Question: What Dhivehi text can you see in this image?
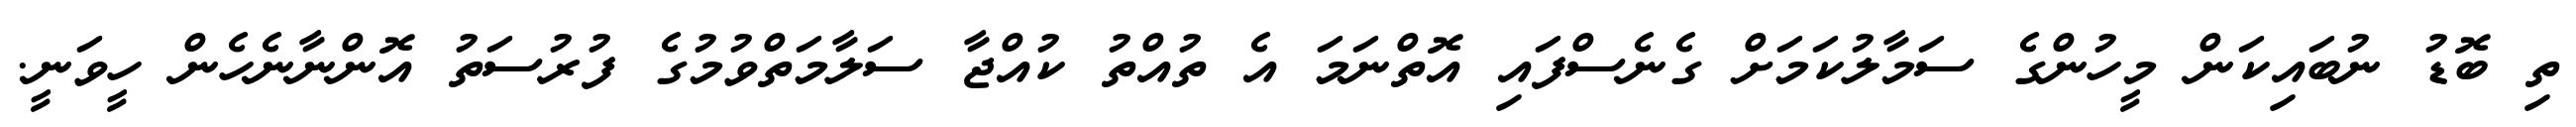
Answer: ތި ބޮޑު ނުބައިކަން މީހުންގެ ސަމާލުކަމަށް ގެނެސްފައި އޮތްނަމަ އެ ތުއްތު ކުއްޖާ ސަލާމަތްވުމުގެ ފުރުސަތު އޮންނާނެހެން ހީވަނީ.